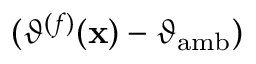
( \vartheta ^ { ( f ) } ( \mathbf { x } ) - \vartheta _ { \mathrm { a m b } } )